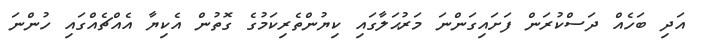
އަދި ބަހެއް ދަސްކުރަން ފަށައިގަންނަ މަރުޙަލާގައި ކިޔުންތެރިކަމުގެ ގޮތުން އެކިޔާ އެއްޗެއްގައި ހުންނަ